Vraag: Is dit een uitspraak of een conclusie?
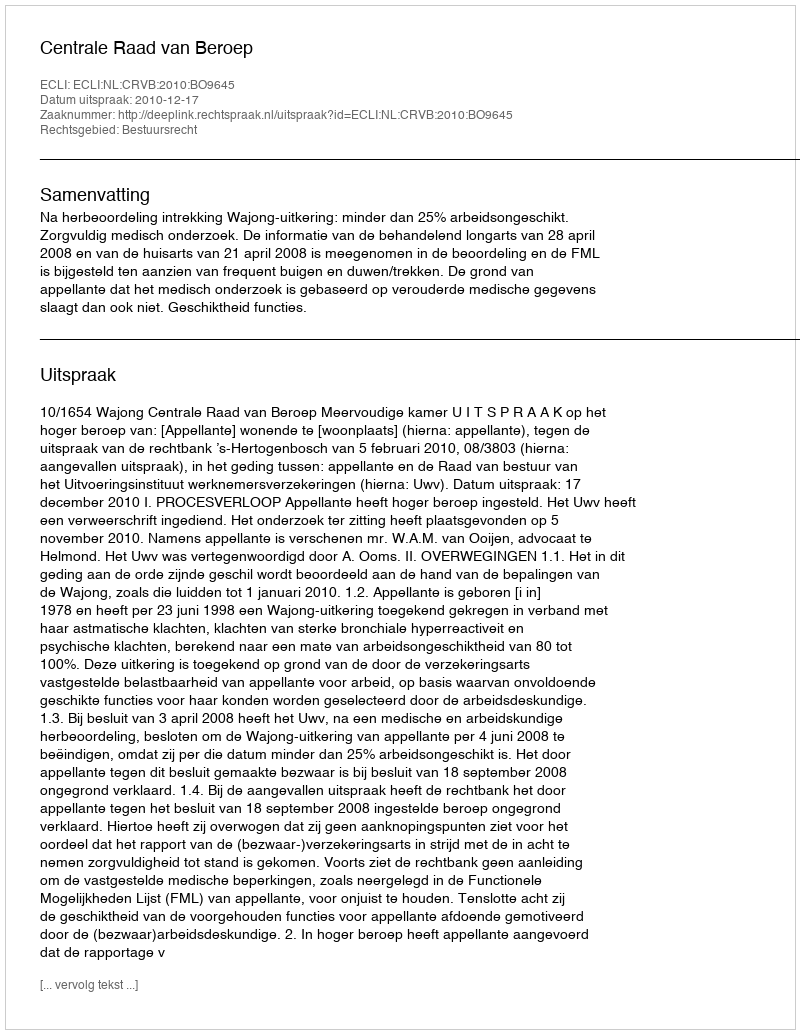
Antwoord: Uitspraak